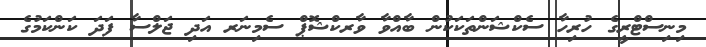
މިނިސްޓްރީގެ ހުރިހާ ސެކްޝަންތަކަކުން ބާއްވާ ވާރކްޝޮޕް ސެމިނަރ އަދި ޖަލްސާ ފަދަ ކަންކަމުގެ